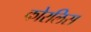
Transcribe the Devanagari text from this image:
कोरलिस